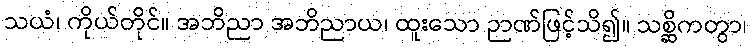
သယံ၊ ကိုယ်တိုင်။ အဘိညာ အဘိညာယ၊ ထူးသော ဉာဏ်ဖြင့်သိ၍။ သစ္ဆိကတွာ၊